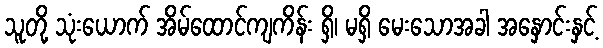
သူတို့ သုံးယောက် အိမ်ထောင်ကျကိန်း ရှိ၊ မရှိ မေးသောအခါ အနှောင်းနှင့်